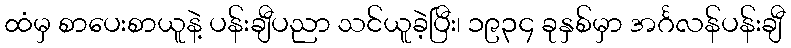
ထံမှ စာပေးစာယူနဲ့ ပန်းချီပညာ သင်ယူခဲ့ပြီး၊ ၁၉၃၄ ခုနှစ်မှာ အင်္ဂလန်ပန်းချီ